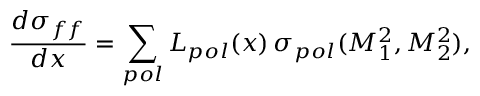
\frac { d \sigma _ { f f } } { d x } = \sum _ { p o l } { \cal L } _ { p o l } ( x ) \, \sigma _ { p o l } ( M _ { 1 } ^ { 2 } , M _ { 2 } ^ { 2 } ) ,